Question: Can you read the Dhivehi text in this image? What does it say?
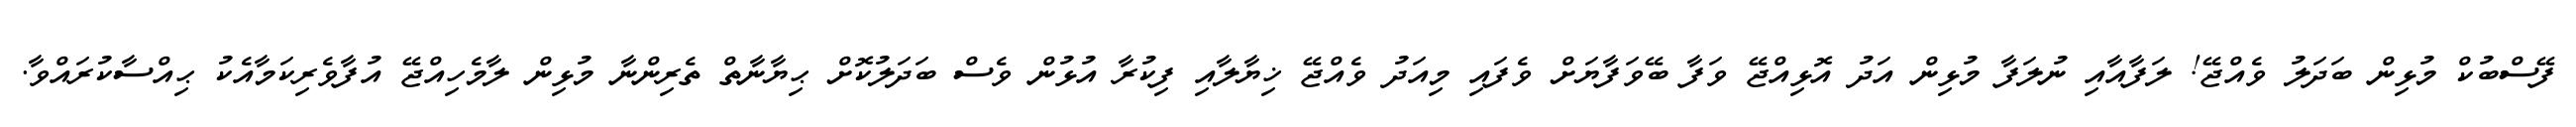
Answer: ފޭސްބުކް މުޅިން ބަދަލު ވެއްޖޭ! ލަފާއާއި ނުލަފާ މުޅިން އަދު އޮޅިއްޖޭ ވަފާ ބޭވަފާޔަށް ވެފައި މިއަދު ވެއްޖޭ ޚިޔާލާއި ފިކުރާ އުޅުން ވެސް ބަދަލުކޮށް ޙިޔާނާތް ތެރިންނާ މުޅިން ލާމެހިއްޖޭ އުފާވެރިކަމާއެކު ޙިއްސާކުރައްވާ.